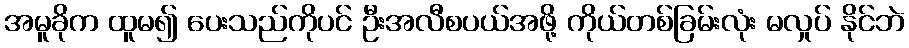
အမူခိုက ထူမ၍ ပေးသည်ကိုပင် ဦးအလီစပယ်အဖို့ ကိုယ်တစ်ခြမ်းလုံး မလှုပ် နိုင်ဘဲ